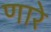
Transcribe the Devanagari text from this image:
णारे